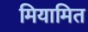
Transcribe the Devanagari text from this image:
मियामित